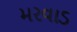
મરવાડ